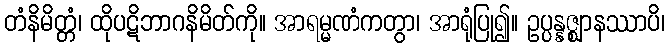
တံနိမိတ္တံ၊ ထိုပဋိဘာဂနိမိတ်ကို။ အာရမ္မဏံကတွာ၊ အာရုံပြု၍။ ဥပ္ပန္နဇ္ဈာနဿာပိ၊